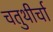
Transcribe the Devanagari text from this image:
चतुथीर्चा